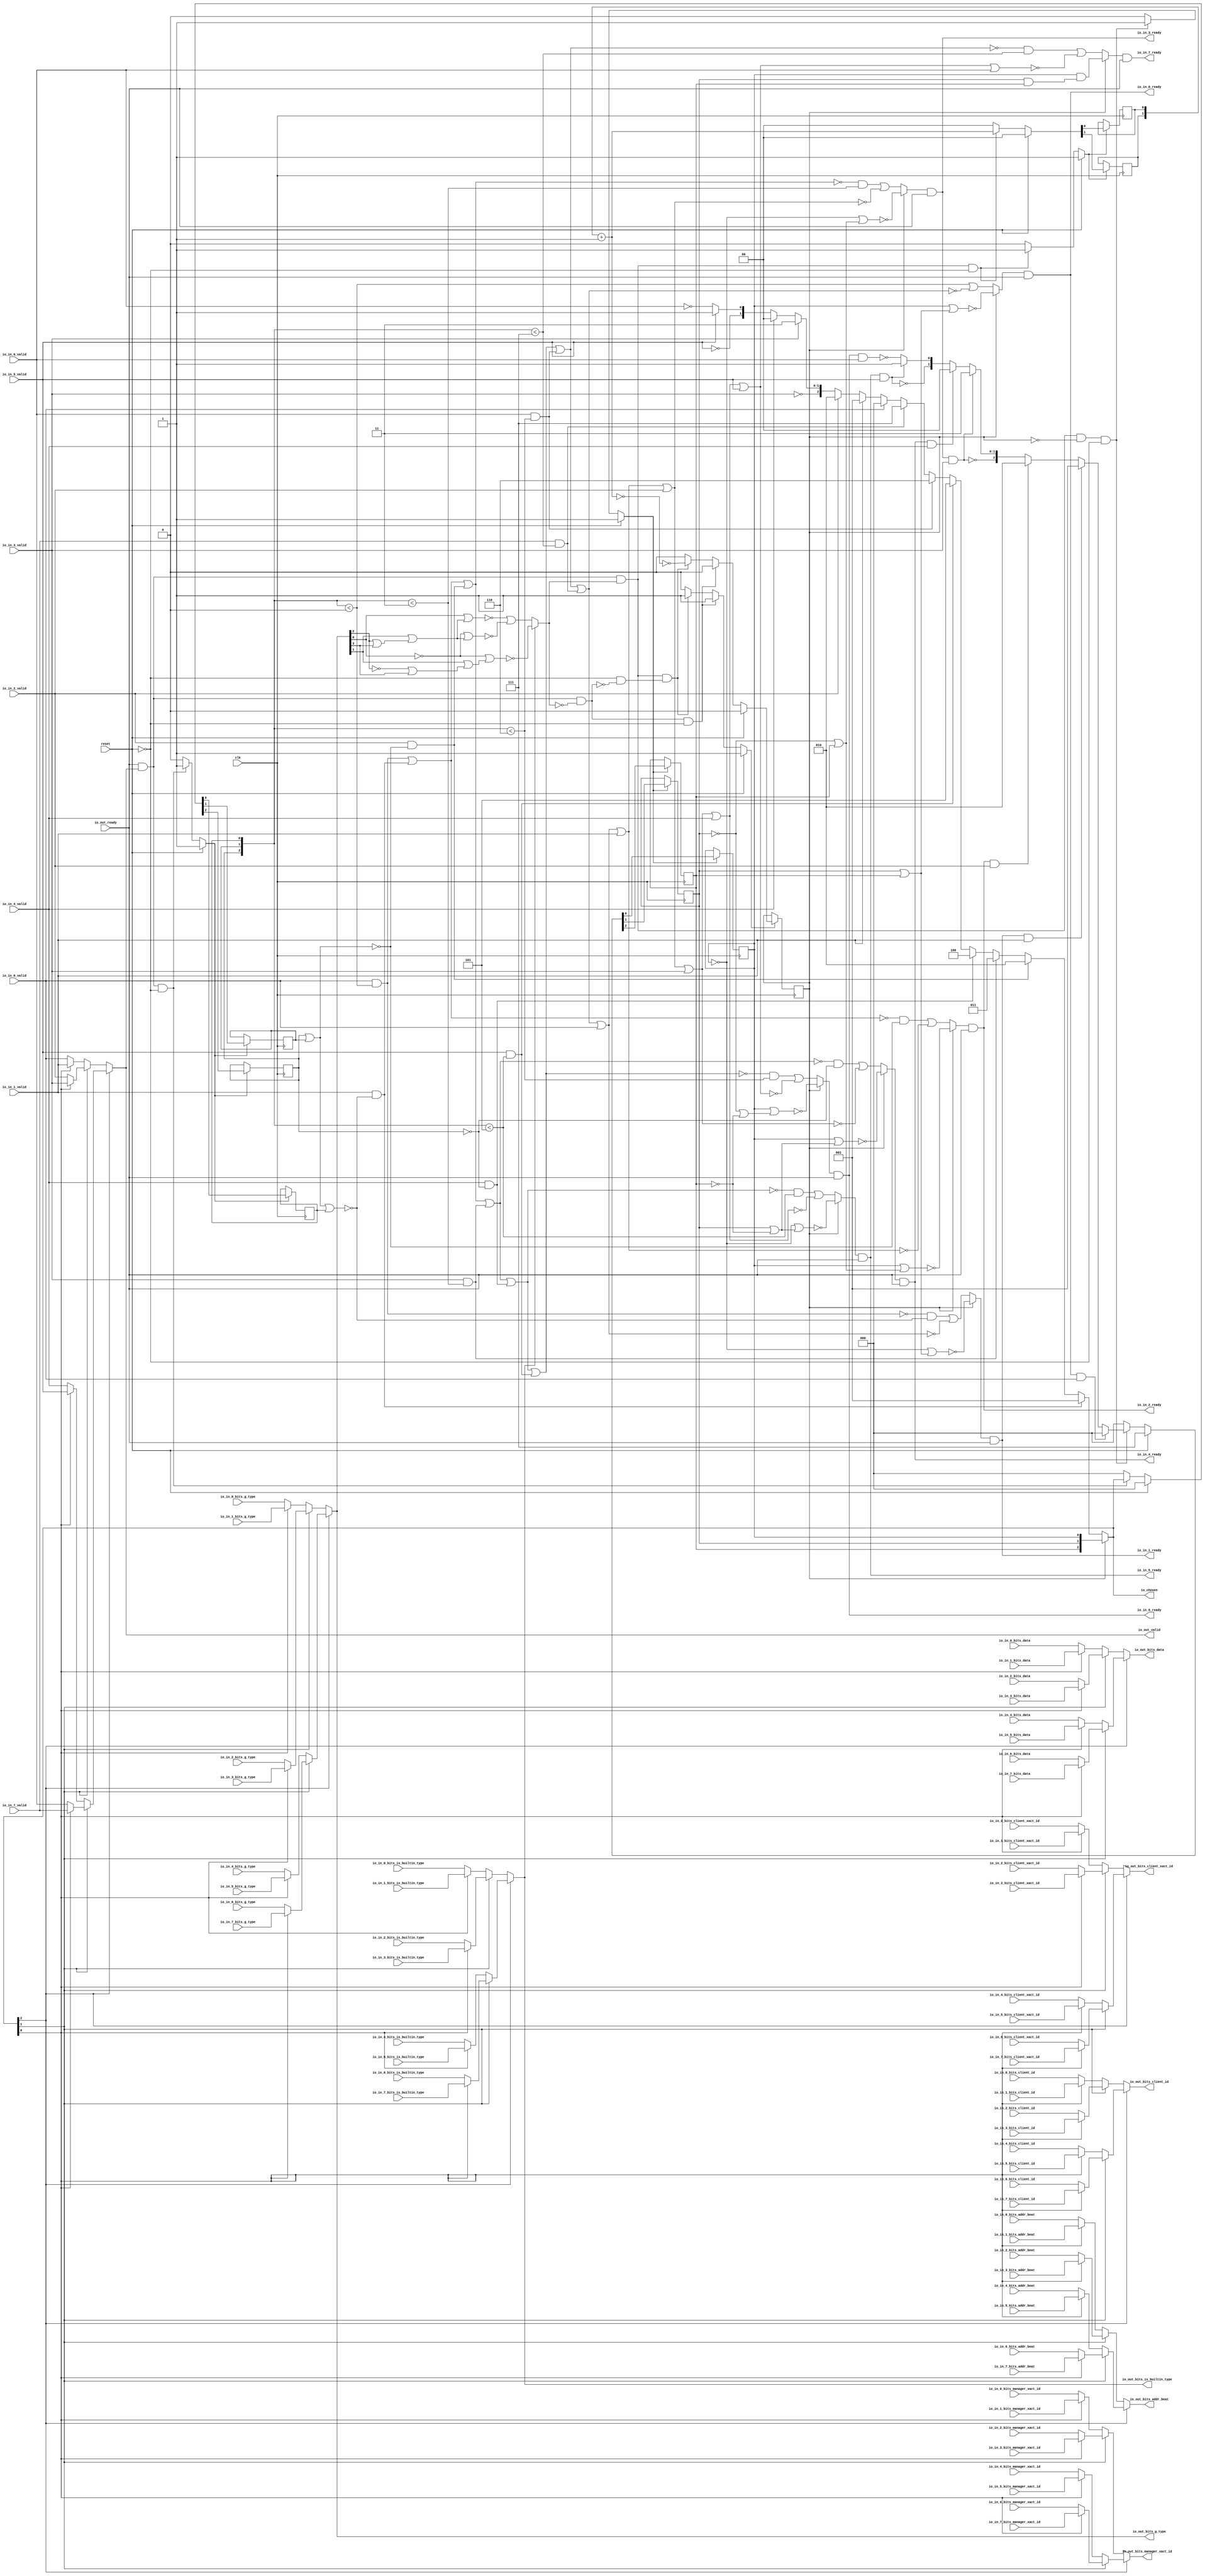
// This program was cloned from: https://github.com/NYU-MLDA/OpenABC
// License: BSD 3-Clause "New" or "Revised" License

module LockingRRArbiter_2
(
  clk,
  reset,
  io_in_7_ready,
  io_in_7_valid,
  io_in_7_bits_addr_beat,
  io_in_7_bits_client_xact_id,
  io_in_7_bits_manager_xact_id,
  io_in_7_bits_is_builtin_type,
  io_in_7_bits_g_type,
  io_in_7_bits_data,
  io_in_7_bits_client_id,
  io_in_6_ready,
  io_in_6_valid,
  io_in_6_bits_addr_beat,
  io_in_6_bits_client_xact_id,
  io_in_6_bits_manager_xact_id,
  io_in_6_bits_is_builtin_type,
  io_in_6_bits_g_type,
  io_in_6_bits_data,
  io_in_6_bits_client_id,
  io_in_5_ready,
  io_in_5_valid,
  io_in_5_bits_addr_beat,
  io_in_5_bits_client_xact_id,
  io_in_5_bits_manager_xact_id,
  io_in_5_bits_is_builtin_type,
  io_in_5_bits_g_type,
  io_in_5_bits_data,
  io_in_5_bits_client_id,
  io_in_4_ready,
  io_in_4_valid,
  io_in_4_bits_addr_beat,
  io_in_4_bits_client_xact_id,
  io_in_4_bits_manager_xact_id,
  io_in_4_bits_is_builtin_type,
  io_in_4_bits_g_type,
  io_in_4_bits_data,
  io_in_4_bits_client_id,
  io_in_3_ready,
  io_in_3_valid,
  io_in_3_bits_addr_beat,
  io_in_3_bits_client_xact_id,
  io_in_3_bits_manager_xact_id,
  io_in_3_bits_is_builtin_type,
  io_in_3_bits_g_type,
  io_in_3_bits_data,
  io_in_3_bits_client_id,
  io_in_2_ready,
  io_in_2_valid,
  io_in_2_bits_addr_beat,
  io_in_2_bits_client_xact_id,
  io_in_2_bits_manager_xact_id,
  io_in_2_bits_is_builtin_type,
  io_in_2_bits_g_type,
  io_in_2_bits_data,
  io_in_2_bits_client_id,
  io_in_1_ready,
  io_in_1_valid,
  io_in_1_bits_addr_beat,
  io_in_1_bits_client_xact_id,
  io_in_1_bits_manager_xact_id,
  io_in_1_bits_is_builtin_type,
  io_in_1_bits_g_type,
  io_in_1_bits_data,
  io_in_1_bits_client_id,
  io_in_0_ready,
  io_in_0_valid,
  io_in_0_bits_addr_beat,
  io_in_0_bits_client_xact_id,
  io_in_0_bits_manager_xact_id,
  io_in_0_bits_is_builtin_type,
  io_in_0_bits_g_type,
  io_in_0_bits_data,
  io_in_0_bits_client_id,
  io_out_ready,
  io_out_valid,
  io_out_bits_addr_beat,
  io_out_bits_client_xact_id,
  io_out_bits_manager_xact_id,
  io_out_bits_is_builtin_type,
  io_out_bits_g_type,
  io_out_bits_data,
  io_out_bits_client_id,
  io_chosen
);

  input [1:0] io_in_7_bits_addr_beat;
  input [5:0] io_in_7_bits_client_xact_id;
  input [3:0] io_in_7_bits_manager_xact_id;
  input [3:0] io_in_7_bits_g_type;
  input [127:0] io_in_7_bits_data;
  input [1:0] io_in_7_bits_client_id;
  input [1:0] io_in_6_bits_addr_beat;
  input [5:0] io_in_6_bits_client_xact_id;
  input [3:0] io_in_6_bits_manager_xact_id;
  input [3:0] io_in_6_bits_g_type;
  input [127:0] io_in_6_bits_data;
  input [1:0] io_in_6_bits_client_id;
  input [1:0] io_in_5_bits_addr_beat;
  input [5:0] io_in_5_bits_client_xact_id;
  input [3:0] io_in_5_bits_manager_xact_id;
  input [3:0] io_in_5_bits_g_type;
  input [127:0] io_in_5_bits_data;
  input [1:0] io_in_5_bits_client_id;
  input [1:0] io_in_4_bits_addr_beat;
  input [5:0] io_in_4_bits_client_xact_id;
  input [3:0] io_in_4_bits_manager_xact_id;
  input [3:0] io_in_4_bits_g_type;
  input [127:0] io_in_4_bits_data;
  input [1:0] io_in_4_bits_client_id;
  input [1:0] io_in_3_bits_addr_beat;
  input [5:0] io_in_3_bits_client_xact_id;
  input [3:0] io_in_3_bits_manager_xact_id;
  input [3:0] io_in_3_bits_g_type;
  input [127:0] io_in_3_bits_data;
  input [1:0] io_in_3_bits_client_id;
  input [1:0] io_in_2_bits_addr_beat;
  input [5:0] io_in_2_bits_client_xact_id;
  input [3:0] io_in_2_bits_manager_xact_id;
  input [3:0] io_in_2_bits_g_type;
  input [127:0] io_in_2_bits_data;
  input [1:0] io_in_2_bits_client_id;
  input [1:0] io_in_1_bits_addr_beat;
  input [5:0] io_in_1_bits_client_xact_id;
  input [3:0] io_in_1_bits_manager_xact_id;
  input [3:0] io_in_1_bits_g_type;
  input [127:0] io_in_1_bits_data;
  input [1:0] io_in_1_bits_client_id;
  input [1:0] io_in_0_bits_addr_beat;
  input [5:0] io_in_0_bits_client_xact_id;
  input [3:0] io_in_0_bits_manager_xact_id;
  input [3:0] io_in_0_bits_g_type;
  input [127:0] io_in_0_bits_data;
  input [1:0] io_in_0_bits_client_id;
  output [1:0] io_out_bits_addr_beat;
  output [5:0] io_out_bits_client_xact_id;
  output [3:0] io_out_bits_manager_xact_id;
  output [3:0] io_out_bits_g_type;
  output [127:0] io_out_bits_data;
  output [1:0] io_out_bits_client_id;
  output [2:0] io_chosen;
  input clk;
  input reset;
  input io_in_7_valid;
  input io_in_7_bits_is_builtin_type;
  input io_in_6_valid;
  input io_in_6_bits_is_builtin_type;
  input io_in_5_valid;
  input io_in_5_bits_is_builtin_type;
  input io_in_4_valid;
  input io_in_4_bits_is_builtin_type;
  input io_in_3_valid;
  input io_in_3_bits_is_builtin_type;
  input io_in_2_valid;
  input io_in_2_bits_is_builtin_type;
  input io_in_1_valid;
  input io_in_1_bits_is_builtin_type;
  input io_in_0_valid;
  input io_in_0_bits_is_builtin_type;
  input io_out_ready;
  output io_in_7_ready;
  output io_in_6_ready;
  output io_in_5_ready;
  output io_in_4_ready;
  output io_in_3_ready;
  output io_in_2_ready;
  output io_in_1_ready;
  output io_in_0_ready;
  output io_out_valid;
  output io_out_bits_is_builtin_type;
  wire [1:0] io_out_bits_addr_beat,io_out_bits_client_id,T11,T12,T35,T36,T58,T71,T64,T68,T65,
  T74,T72,T155,T149,T152,T150,T158,T156;
  wire [5:0] io_out_bits_client_xact_id,T141,T135,T138,T136,T144,T142;
  wire [3:0] io_out_bits_manager_xact_id,io_out_bits_g_type,T99,T93,T96,T94,T102,T100,T127,
  T121,T124,T122,T130,T128;
  wire [127:0] io_out_bits_data,T85,T79,T82,T80,T88,T86;
  wire [2:0] io_chosen,choose,T1,T2,T3,T4,T5,T6,T7,T8,T9,T10,T31,T32,T33,T34;
  wire io_in_7_ready,io_in_6_ready,io_in_5_ready,io_in_4_ready,io_in_3_ready,
  io_in_2_ready,io_in_1_ready,io_in_0_ready,io_out_valid,io_out_bits_is_builtin_type,N0,N1,
  N2,N3,N4,N5,N6,N7,N8,N9,N10,N11,N12,N13,N14,N15,N16,N17,N18,N19,N20,N21,N22,N23,
  N24,N25,N26,N27,N28,N29,N30,N31,N32,N33,N34,N35,N36,N37,N38,N39,N40,N41,N42,N43,
  N44,N45,N46,N47,N48,N49,T28,N50,T26,N51,T24,N52,T22,N53,T20,N54,T18,N55,T14,N56,
  N57,N58,N59,N60,N61,N62,N63,T15,T17,T19,T21,T23,T25,T27,T29,T45,T44,N64,T43,N65,
  T42,N66,T41,N67,T40,N68,T39,N69,T38,N70,T47,T46,T53,T48,N71,T49,T61,T56,T57,T62,
  N72,N73,N74,T113,T107,T110,T108,T116,T114,T169,T163,T166,T164,T172,T170,T177,
  T178,T203,T179,T180,T183,T181,T182,T186,T184,T185,T189,T187,T188,T192,T190,T191,
  T195,T193,T194,T198,T196,T197,T201,T199,T200,T202,T206,T207,T217,T208,T209,T210,
  T211,T212,T213,T214,T215,T216,T219,T218,T222,T223,T234,T224,T225,T226,T227,T228,
  T229,T230,T231,T232,T233,T236,T235,T237,T240,T241,T253,T242,T243,T244,T245,T246,
  T247,T248,T249,T250,T251,T252,T255,T254,T256,T257,T260,T261,T274,T262,T263,T264,
  T265,T266,T267,T268,T269,T270,T271,T272,T273,T276,T275,T277,T278,T279,T282,T283,
  T297,T284,T285,T286,T287,T288,T289,T290,T291,T292,T293,T294,T295,T296,T299,T298,
  T300,T301,T302,T303,T306,T307,T322,T308,T309,T310,T311,T312,T313,T314,T315,T316,
  T317,T318,T319,T320,T321,T324,T323,T325,T326,T327,T328,T329,T332,T333,T349,T334,
  T335,T336,T337,T338,T339,T340,T341,T342,T343,T344,T345,T346,T347,T348,T351,T350,
  T352,T353,T354,T355,T356,T357,N75,N76,N77,N78,N79,N80,N81,N82,N83,N84,N85,N86,N87,
  N88,N89,N90,N91,N92,N93,N94,N95,N96,N97,N98,N99,N100,N101,N102,N103,N104,N105,
  N106,N107,N108,N109,N110,N111,N112,N113,N114,N115,N116,N117,N118,N119,N120,N121,
  N122,N123,N124,N125,N126,N127,N128,N129,N130,N131,N132,N133,N134,N135,N136,N137,
  N138,N139,N140,N141,N142,N143,N144,N145,N146,N147,N148,N149,N150,N151,N152,N153;
  wire [0:0] T13,T37;
  reg [2:0] last_grant,lockIdx;
  reg locked;
  reg [1:0] R59;
  assign T15 = last_grant < { 1'b1, 1'b1, 1'b1 };
  assign T19 = last_grant < { 1'b1, 1'b1, 1'b0 };
  assign T21 = last_grant < { 1'b1, 1'b0, 1'b1 };
  assign T25 = last_grant < { 1'b1, 1'b1 };
  assign T57 = T58 == 1'b0;
  assign T182 = last_grant < { 1'b1, 1'b1, 1'b1 };
  assign T185 = last_grant < { 1'b1, 1'b1, 1'b0 };
  assign T188 = last_grant < { 1'b1, 1'b0, 1'b1 };
  assign T194 = last_grant < { 1'b1, 1'b1 };
  assign T202 = last_grant < 1'b0;
  assign T203 = last_grant < 1'b0;
  assign T254 = last_grant < { 1'b1, 1'b1 };
  assign T298 = last_grant < { 1'b1, 1'b0, 1'b1 };
  assign T323 = last_grant < { 1'b1, 1'b1, 1'b0 };
  assign T350 = last_grant < { 1'b1, 1'b1, 1'b1 };

  always @(posedge clk) begin
    if(N77) begin
      last_grant[2] <= N80;
    end 
  end


  always @(posedge clk) begin
    if(N77) begin
      last_grant[1] <= N79;
    end 
  end


  always @(posedge clk) begin
    if(N77) begin
      last_grant[0] <= N78;
    end 
  end


  always @(posedge clk) begin
    if(N83) begin
      lockIdx[2] <= N86;
    end 
  end


  always @(posedge clk) begin
    if(N83) begin
      lockIdx[1] <= N85;
    end 
  end


  always @(posedge clk) begin
    if(N83) begin
      lockIdx[0] <= N84;
    end 
  end


  always @(posedge clk) begin
    if(N90) begin
      locked <= N91;
    end 
  end


  always @(posedge clk) begin
    if(N94) begin
      R59[1] <= N96;
    end 
  end


  always @(posedge clk) begin
    if(N94) begin
      R59[0] <= N95;
    end 
  end

  assign N105 = lockIdx[1] & lockIdx[2];
  assign N106 = lockIdx[0] & N105;
  assign N107 = lockIdx[1] | lockIdx[2];
  assign N108 = lockIdx[0] | N107;
  assign N109 = ~N108;
  assign N110 = ~lockIdx[0];
  assign N111 = lockIdx[1] | lockIdx[2];
  assign N112 = N110 | N111;
  assign N113 = ~N112;
  assign N114 = ~io_out_bits_g_type[2];
  assign N115 = ~io_out_bits_g_type[0];
  assign N116 = N114 | io_out_bits_g_type[3];
  assign N117 = io_out_bits_g_type[1] | N116;
  assign N118 = N115 | N117;
  assign N119 = ~N118;
  assign N120 = ~lockIdx[1];
  assign N121 = N120 | lockIdx[2];
  assign N122 = lockIdx[0] | N121;
  assign N123 = ~N122;
  assign N124 = io_out_bits_g_type[2] | io_out_bits_g_type[3];
  assign N125 = io_out_bits_g_type[1] | N124;
  assign N126 = io_out_bits_g_type[0] | N125;
  assign N127 = ~N126;
  assign N128 = io_out_bits_g_type[2] | io_out_bits_g_type[3];
  assign N129 = io_out_bits_g_type[1] | N128;
  assign N130 = N115 | N129;
  assign N131 = ~N130;
  assign N132 = N120 | lockIdx[2];
  assign N133 = N110 | N132;
  assign N134 = ~N133;
  assign N135 = ~lockIdx[2];
  assign N136 = lockIdx[1] | N135;
  assign N137 = lockIdx[0] | N136;
  assign N138 = ~N137;
  assign N139 = lockIdx[1] | N135;
  assign N140 = N110 | N139;
  assign N141 = ~N140;
  assign N142 = N120 | N135;
  assign N143 = lockIdx[0] | N142;
  assign N144 = ~N143;
  assign T58 = R59 + 1'b1;
  assign io_chosen = (N0)? lockIdx : 
                     (N1)? choose : 1'b0;
  assign N0 = locked;
  assign N1 = N49;
  assign choose = (N2)? { 1'b0, 1'b0, 1'b1 } : 
                  (N3)? T1 : 1'b0;
  assign N2 = T28;
  assign N3 = N50;
  assign T1 = (N4)? { 1'b0, 1'b1, 1'b0 } : 
              (N5)? T2 : 1'b0;
  assign N4 = T26;
  assign N5 = N51;
  assign T2 = (N6)? { 1'b0, 1'b1, 1'b1 } : 
              (N7)? T3 : 1'b0;
  assign N6 = T24;
  assign N7 = N52;
  assign T3 = (N8)? { 1'b1, 1'b0, 1'b0 } : 
              (N9)? T4 : 1'b0;
  assign N8 = T22;
  assign N9 = N53;
  assign T4 = (N10)? { 1'b1, 1'b0, 1'b1 } : 
              (N11)? T5 : 1'b0;
  assign N10 = T20;
  assign N11 = N54;
  assign T5 = (N12)? { 1'b1, 1'b1, 1'b0 } : 
              (N13)? T6 : 1'b0;
  assign N12 = T18;
  assign N13 = N55;
  assign T6 = (N14)? { 1'b1, 1'b1, 1'b1 } : 
              (N15)? T7 : 1'b0;
  assign N14 = T14;
  assign N15 = N56;
  assign T7 = (N16)? { 1'b0, 1'b0, 1'b0 } : 
              (N17)? T8 : 1'b0;
  assign N16 = io_in_0_valid;
  assign N17 = N57;
  assign T8 = (N18)? { 1'b0, 1'b0, 1'b1 } : 
              (N19)? T9 : 1'b0;
  assign N18 = io_in_1_valid;
  assign N19 = N58;
  assign T9 = (N20)? { 1'b0, 1'b1, 1'b0 } : 
              (N21)? T10 : 1'b0;
  assign N20 = io_in_2_valid;
  assign N21 = N59;
  assign T10[1:0] = (N22)? { 1'b1, 1'b1 } : 
                    (N23)? T11 : 1'b0;
  assign N22 = io_in_3_valid;
  assign N23 = T10[2];
  assign T11 = (N24)? { 1'b0, 1'b0 } : 
               (N25)? T12 : 1'b0;
  assign N24 = io_in_4_valid;
  assign N25 = N61;
  assign T12[0] = (N26)? 1'b1 : 
                  (N27)? T13[0] : 1'b0;
  assign N26 = io_in_5_valid;
  assign N27 = T12[1];
  assign T31 = (N28)? { 1'b0, 1'b0, 1'b0 } : 
               (N29)? T32 : 1'b0;
  assign N28 = T44;
  assign N29 = N64;
  assign T32 = (N30)? { 1'b0, 1'b0, 1'b1 } : 
               (N31)? T33 : 1'b0;
  assign N30 = T43;
  assign N31 = N65;
  assign T33 = (N32)? { 1'b0, 1'b1, 1'b0 } : 
               (N33)? T34 : 1'b0;
  assign N32 = T42;
  assign N33 = N66;
  assign T34[1:0] = (N34)? { 1'b1, 1'b1 } : 
                    (N35)? T35 : 1'b0;
  assign N34 = T41;
  assign N35 = T34[2];
  assign T35 = (N36)? { 1'b0, 1'b0 } : 
               (N37)? T36 : 1'b0;
  assign N36 = T40;
  assign N37 = N68;
  assign T36[0] = (N38)? 1'b1 : 
                  (N39)? T37[0] : 1'b0;
  assign N38 = T39;
  assign N39 = T36[1];
  assign T48 = (N40)? N119 : 
               (N41)? T49 : 1'b0;
  assign N40 = io_out_bits_is_builtin_type;
  assign N41 = N71;
  assign io_out_bits_client_id = (N42)? T71 : 
                                 (N43)? T64 : 1'b0;
  assign N42 = io_chosen[2];
  assign N43 = N72;
  assign T64 = (N44)? T68 : 
               (N45)? T65 : 1'b0;
  assign N44 = io_chosen[1];
  assign N45 = N73;
  assign T65 = (N46)? io_in_1_bits_client_id : 
               (N47)? io_in_0_bits_client_id : 1'b0;
  assign N46 = io_chosen[0];
  assign N47 = N74;
  assign T68 = (N46)? io_in_3_bits_client_id : 
               (N47)? io_in_2_bits_client_id : 1'b0;
  assign T71 = (N44)? T74 : 
               (N45)? T72 : 1'b0;
  assign T72 = (N46)? io_in_5_bits_client_id : 
               (N47)? io_in_4_bits_client_id : 1'b0;
  assign T74 = (N46)? io_in_7_bits_client_id : 
               (N47)? io_in_6_bits_client_id : 1'b0;
  assign io_out_bits_data = (N42)? T85 : 
                            (N43)? T79 : 1'b0;
  assign T79 = (N44)? T82 : 
               (N45)? T80 : 1'b0;
  assign T80 = (N46)? io_in_1_bits_data : 
               (N47)? io_in_0_bits_data : 1'b0;
  assign T82 = (N46)? io_in_3_bits_data : 
               (N47)? io_in_2_bits_data : 1'b0;
  assign T85 = (N44)? T88 : 
               (N45)? T86 : 1'b0;
  assign T86 = (N46)? io_in_5_bits_data : 
               (N47)? io_in_4_bits_data : 1'b0;
  assign T88 = (N46)? io_in_7_bits_data : 
               (N47)? io_in_6_bits_data : 1'b0;
  assign io_out_bits_g_type = (N42)? T99 : 
                              (N43)? T93 : 1'b0;
  assign T93 = (N44)? T96 : 
               (N45)? T94 : 1'b0;
  assign T94 = (N46)? io_in_1_bits_g_type : 
               (N47)? io_in_0_bits_g_type : 1'b0;
  assign T96 = (N46)? io_in_3_bits_g_type : 
               (N47)? io_in_2_bits_g_type : 1'b0;
  assign T99 = (N44)? T102 : 
               (N45)? T100 : 1'b0;
  assign T100 = (N46)? io_in_5_bits_g_type : 
                (N47)? io_in_4_bits_g_type : 1'b0;
  assign T102 = (N46)? io_in_7_bits_g_type : 
                (N47)? io_in_6_bits_g_type : 1'b0;
  assign io_out_bits_is_builtin_type = (N42)? T113 : 
                                       (N43)? T107 : 1'b0;
  assign T107 = (N44)? T110 : 
                (N45)? T108 : 1'b0;
  assign T108 = (N46)? io_in_1_bits_is_builtin_type : 
                (N47)? io_in_0_bits_is_builtin_type : 1'b0;
  assign T110 = (N46)? io_in_3_bits_is_builtin_type : 
                (N47)? io_in_2_bits_is_builtin_type : 1'b0;
  assign T113 = (N44)? T116 : 
                (N45)? T114 : 1'b0;
  assign T114 = (N46)? io_in_5_bits_is_builtin_type : 
                (N47)? io_in_4_bits_is_builtin_type : 1'b0;
  assign T116 = (N46)? io_in_7_bits_is_builtin_type : 
                (N47)? io_in_6_bits_is_builtin_type : 1'b0;
  assign io_out_bits_manager_xact_id = (N42)? T127 : 
                                       (N43)? T121 : 1'b0;
  assign T121 = (N44)? T124 : 
                (N45)? T122 : 1'b0;
  assign T122 = (N46)? io_in_1_bits_manager_xact_id : 
                (N47)? io_in_0_bits_manager_xact_id : 1'b0;
  assign T124 = (N46)? io_in_3_bits_manager_xact_id : 
                (N47)? io_in_2_bits_manager_xact_id : 1'b0;
  assign T127 = (N44)? T130 : 
                (N45)? T128 : 1'b0;
  assign T128 = (N46)? io_in_5_bits_manager_xact_id : 
                (N47)? io_in_4_bits_manager_xact_id : 1'b0;
  assign T130 = (N46)? io_in_7_bits_manager_xact_id : 
                (N47)? io_in_6_bits_manager_xact_id : 1'b0;
  assign io_out_bits_client_xact_id = (N42)? T141 : 
                                      (N43)? T135 : 1'b0;
  assign T135 = (N44)? T138 : 
                (N45)? T136 : 1'b0;
  assign T136 = (N46)? io_in_1_bits_client_xact_id : 
                (N47)? io_in_0_bits_client_xact_id : 1'b0;
  assign T138 = (N46)? io_in_3_bits_client_xact_id : 
                (N47)? io_in_2_bits_client_xact_id : 1'b0;
  assign T141 = (N44)? T144 : 
                (N45)? T142 : 1'b0;
  assign T142 = (N46)? io_in_5_bits_client_xact_id : 
                (N47)? io_in_4_bits_client_xact_id : 1'b0;
  assign T144 = (N46)? io_in_7_bits_client_xact_id : 
                (N47)? io_in_6_bits_client_xact_id : 1'b0;
  assign io_out_bits_addr_beat = (N42)? T155 : 
                                 (N43)? T149 : 1'b0;
  assign T149 = (N44)? T152 : 
                (N45)? T150 : 1'b0;
  assign T150 = (N46)? io_in_1_bits_addr_beat : 
                (N47)? io_in_0_bits_addr_beat : 1'b0;
  assign T152 = (N46)? io_in_3_bits_addr_beat : 
                (N47)? io_in_2_bits_addr_beat : 1'b0;
  assign T155 = (N44)? T158 : 
                (N45)? T156 : 1'b0;
  assign T156 = (N46)? io_in_5_bits_addr_beat : 
                (N47)? io_in_4_bits_addr_beat : 1'b0;
  assign T158 = (N46)? io_in_7_bits_addr_beat : 
                (N47)? io_in_6_bits_addr_beat : 1'b0;
  assign io_out_valid = (N42)? T169 : 
                        (N43)? T163 : 1'b0;
  assign T163 = (N44)? T166 : 
                (N45)? T164 : 1'b0;
  assign T164 = (N46)? io_in_1_valid : 
                (N47)? io_in_0_valid : 1'b0;
  assign T166 = (N46)? io_in_3_valid : 
                (N47)? io_in_2_valid : 1'b0;
  assign T169 = (N44)? T172 : 
                (N45)? T170 : 1'b0;
  assign T170 = (N46)? io_in_5_valid : 
                (N47)? io_in_4_valid : 1'b0;
  assign T172 = (N46)? io_in_7_valid : 
                (N47)? io_in_6_valid : 1'b0;
  assign T177 = (N0)? N109 : 
                (N1)? T178 : 1'b0;
  assign T206 = (N0)? N113 : 
                (N1)? T207 : 1'b0;
  assign T222 = (N0)? N123 : 
                (N1)? T223 : 1'b0;
  assign T240 = (N0)? N134 : 
                (N1)? T241 : 1'b0;
  assign T260 = (N0)? N138 : 
                (N1)? T261 : 1'b0;
  assign T282 = (N0)? N141 : 
                (N1)? T283 : 1'b0;
  assign T306 = (N0)? N144 : 
                (N1)? T307 : 1'b0;
  assign T332 = (N0)? N106 : 
                (N1)? T333 : 1'b0;
  assign N77 = (N48)? 1'b1 : 
               (N98)? 1'b1 : 
               (N76)? 1'b0 : 1'b0;
  assign N48 = reset;
  assign { N80, N79, N78 } = (N48)? { 1'b0, 1'b0, 1'b0 } : 
                             (N98)? io_chosen : 1'b0;
  assign N83 = (N48)? 1'b1 : 
               (N99)? 1'b1 : 
               (N82)? 1'b0 : 1'b0;
  assign { N86, N85, N84 } = (N48)? { 1'b1, 1'b1, 1'b1 } : 
                             (N99)? T31 : 1'b0;
  assign N90 = (N48)? 1'b1 : 
               (N100)? 1'b1 : 
               (N103)? 1'b1 : 
               (N89)? 1'b0 : 1'b0;
  assign N91 = (N48)? 1'b0 : 
               (N100)? 1'b0 : 
               (N103)? T56 : 1'b0;
  assign N94 = (N48)? 1'b1 : 
               (N104)? 1'b1 : 
               (N93)? 1'b0 : 1'b0;
  assign { N96, N95 } = (N48)? { 1'b0, 1'b0 } : 
                        (N104)? T58 : 1'b0;
  assign N49 = ~locked;
  assign N50 = ~T28;
  assign N51 = ~T26;
  assign N52 = ~T24;
  assign N53 = ~T22;
  assign N54 = ~T20;
  assign N55 = ~T18;
  assign N56 = ~T14;
  assign N57 = ~io_in_0_valid;
  assign N58 = ~io_in_1_valid;
  assign N59 = ~io_in_2_valid;
  assign N60 = ~io_in_3_valid;
  assign T10[2] = N60;
  assign N61 = ~io_in_4_valid;
  assign N62 = ~io_in_5_valid;
  assign T12[1] = N62;
  assign N63 = ~io_in_6_valid;
  assign T13[0] = N63;
  assign T14 = io_in_7_valid & T15;
  assign T17 = io_out_ready & io_out_valid;
  assign T18 = io_in_6_valid & T19;
  assign T20 = io_in_5_valid & T21;
  assign T22 = io_in_4_valid & T23;
  assign T23 = ~last_grant[2];
  assign T24 = io_in_3_valid & T25;
  assign T26 = io_in_2_valid & T27;
  assign T27 = ~N145;
  assign N145 = last_grant[2] | last_grant[1];
  assign T28 = io_in_1_valid & T29;
  assign T29 = ~N147;
  assign N147 = N146 | last_grant[0];
  assign N146 = last_grant[2] | last_grant[1];
  assign N64 = ~T44;
  assign N65 = ~T43;
  assign N66 = ~T42;
  assign N67 = ~T41;
  assign T34[2] = N67;
  assign N68 = ~T40;
  assign N69 = ~T39;
  assign T36[1] = N69;
  assign N70 = ~T38;
  assign T37[0] = N70;
  assign T38 = io_in_6_ready & io_in_6_valid;
  assign T39 = io_in_5_ready & io_in_5_valid;
  assign T40 = io_in_4_ready & io_in_4_valid;
  assign T41 = io_in_3_ready & io_in_3_valid;
  assign T42 = io_in_2_ready & io_in_2_valid;
  assign T43 = io_in_1_ready & io_in_1_valid;
  assign T44 = io_in_0_ready & io_in_0_valid;
  assign T45 = T47 & T46;
  assign T46 = ~locked;
  assign T47 = T53 & T48;
  assign N71 = ~io_out_bits_is_builtin_type;
  assign T49 = N127 | N131;
  assign T53 = io_out_valid & io_out_ready;
  assign T56 = ~T57;
  assign T61 = T53 & T62;
  assign T62 = ~T48;
  assign N72 = ~io_chosen[2];
  assign N73 = ~io_chosen[1];
  assign N74 = ~io_chosen[0];
  assign io_in_0_ready = T177 & io_out_ready;
  assign T178 = T203 | T179;
  assign T179 = ~T180;
  assign T180 = T183 | T181;
  assign T181 = io_in_7_valid & T182;
  assign T183 = T186 | T184;
  assign T184 = io_in_6_valid & T185;
  assign T186 = T189 | T187;
  assign T187 = io_in_5_valid & T188;
  assign T189 = T192 | T190;
  assign T190 = io_in_4_valid & T191;
  assign T191 = ~last_grant[2];
  assign T192 = T195 | T193;
  assign T193 = io_in_3_valid & T194;
  assign T195 = T198 | T196;
  assign T196 = io_in_2_valid & T197;
  assign T197 = ~N148;
  assign N148 = last_grant[2] | last_grant[1];
  assign T198 = T201 | T199;
  assign T199 = io_in_1_valid & T200;
  assign T200 = ~N150;
  assign N150 = N149 | last_grant[0];
  assign N149 = last_grant[2] | last_grant[1];
  assign T201 = io_in_0_valid & T202;
  assign io_in_1_ready = T206 & io_out_ready;
  assign T207 = T217 | T208;
  assign T208 = ~T209;
  assign T209 = T210 | io_in_0_valid;
  assign T210 = T211 | T181;
  assign T211 = T212 | T184;
  assign T212 = T213 | T187;
  assign T213 = T214 | T190;
  assign T214 = T215 | T193;
  assign T215 = T216 | T196;
  assign T216 = T201 | T199;
  assign T217 = T219 & T218;
  assign T218 = ~N152;
  assign N152 = N151 | last_grant[0];
  assign N151 = last_grant[2] | last_grant[1];
  assign T219 = ~T201;
  assign io_in_2_ready = T222 & io_out_ready;
  assign T223 = T234 | T224;
  assign T224 = ~T225;
  assign T225 = T226 | io_in_1_valid;
  assign T226 = T227 | io_in_0_valid;
  assign T227 = T228 | T181;
  assign T228 = T229 | T184;
  assign T229 = T230 | T187;
  assign T230 = T231 | T190;
  assign T231 = T232 | T193;
  assign T232 = T233 | T196;
  assign T233 = T201 | T199;
  assign T234 = T236 & T235;
  assign T235 = ~N153;
  assign N153 = last_grant[2] | last_grant[1];
  assign T236 = ~T237;
  assign T237 = T201 | T199;
  assign io_in_3_ready = T240 & io_out_ready;
  assign T241 = T253 | T242;
  assign T242 = ~T243;
  assign T243 = T244 | io_in_2_valid;
  assign T244 = T245 | io_in_1_valid;
  assign T245 = T246 | io_in_0_valid;
  assign T246 = T247 | T181;
  assign T247 = T248 | T184;
  assign T248 = T249 | T187;
  assign T249 = T250 | T190;
  assign T250 = T251 | T193;
  assign T251 = T252 | T196;
  assign T252 = T201 | T199;
  assign T253 = T255 & T254;
  assign T255 = ~T256;
  assign T256 = T257 | T196;
  assign T257 = T201 | T199;
  assign io_in_4_ready = T260 & io_out_ready;
  assign T261 = T274 | T262;
  assign T262 = ~T263;
  assign T263 = T264 | io_in_3_valid;
  assign T264 = T265 | io_in_2_valid;
  assign T265 = T266 | io_in_1_valid;
  assign T266 = T267 | io_in_0_valid;
  assign T267 = T268 | T181;
  assign T268 = T269 | T184;
  assign T269 = T270 | T187;
  assign T270 = T271 | T190;
  assign T271 = T272 | T193;
  assign T272 = T273 | T196;
  assign T273 = T201 | T199;
  assign T274 = T276 & T275;
  assign T275 = ~last_grant[2];
  assign T276 = ~T277;
  assign T277 = T278 | T193;
  assign T278 = T279 | T196;
  assign T279 = T201 | T199;
  assign io_in_5_ready = T282 & io_out_ready;
  assign T283 = T297 | T284;
  assign T284 = ~T285;
  assign T285 = T286 | io_in_4_valid;
  assign T286 = T287 | io_in_3_valid;
  assign T287 = T288 | io_in_2_valid;
  assign T288 = T289 | io_in_1_valid;
  assign T289 = T290 | io_in_0_valid;
  assign T290 = T291 | T181;
  assign T291 = T292 | T184;
  assign T292 = T293 | T187;
  assign T293 = T294 | T190;
  assign T294 = T295 | T193;
  assign T295 = T296 | T196;
  assign T296 = T201 | T199;
  assign T297 = T299 & T298;
  assign T299 = ~T300;
  assign T300 = T301 | T190;
  assign T301 = T302 | T193;
  assign T302 = T303 | T196;
  assign T303 = T201 | T199;
  assign io_in_6_ready = T306 & io_out_ready;
  assign T307 = T322 | T308;
  assign T308 = ~T309;
  assign T309 = T310 | io_in_5_valid;
  assign T310 = T311 | io_in_4_valid;
  assign T311 = T312 | io_in_3_valid;
  assign T312 = T313 | io_in_2_valid;
  assign T313 = T314 | io_in_1_valid;
  assign T314 = T315 | io_in_0_valid;
  assign T315 = T316 | T181;
  assign T316 = T317 | T184;
  assign T317 = T318 | T187;
  assign T318 = T319 | T190;
  assign T319 = T320 | T193;
  assign T320 = T321 | T196;
  assign T321 = T201 | T199;
  assign T322 = T324 & T323;
  assign T324 = ~T325;
  assign T325 = T326 | T187;
  assign T326 = T327 | T190;
  assign T327 = T328 | T193;
  assign T328 = T329 | T196;
  assign T329 = T201 | T199;
  assign io_in_7_ready = T332 & io_out_ready;
  assign T333 = T349 | T334;
  assign T334 = ~T335;
  assign T335 = T336 | io_in_6_valid;
  assign T336 = T337 | io_in_5_valid;
  assign T337 = T338 | io_in_4_valid;
  assign T338 = T339 | io_in_3_valid;
  assign T339 = T340 | io_in_2_valid;
  assign T340 = T341 | io_in_1_valid;
  assign T341 = T342 | io_in_0_valid;
  assign T342 = T343 | T181;
  assign T343 = T344 | T184;
  assign T344 = T345 | T187;
  assign T345 = T346 | T190;
  assign T346 = T347 | T193;
  assign T347 = T348 | T196;
  assign T348 = T201 | T199;
  assign T349 = T351 & T350;
  assign T351 = ~T352;
  assign T352 = T353 | T184;
  assign T353 = T354 | T187;
  assign T354 = T355 | T190;
  assign T355 = T356 | T193;
  assign T356 = T357 | T196;
  assign T357 = T201 | T199;
  assign N75 = T17 | reset;
  assign N76 = ~N75;
  assign N81 = T45 | reset;
  assign N82 = ~N81;
  assign N87 = T61 | reset;
  assign N88 = T47 | N87;
  assign N89 = ~N88;
  assign N92 = T47 | reset;
  assign N93 = ~N92;
  assign N97 = ~reset;
  assign N98 = T17 & N97;
  assign N99 = T45 & N97;
  assign N100 = T61 & N97;
  assign N101 = ~T61;
  assign N102 = N97 & N101;
  assign N103 = T47 & N102;
  assign N104 = T47 & N97;

endmodule